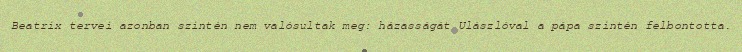
Beatrix tervei azonban szintén nem valósultak meg: házasságát Ulászlóval a pápa szintén felbontotta.